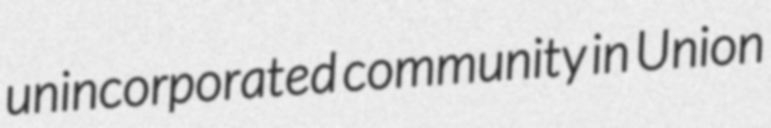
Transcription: unincorporated community in Union